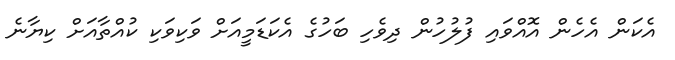
އެކަން އެހެން އޮއްވައި ފުލުހުން ދިވެހި ބަހުގެ އެކަޑަމީއަށް ވަކިވަކި ކުއްތާއަށް ކިޔާނެ